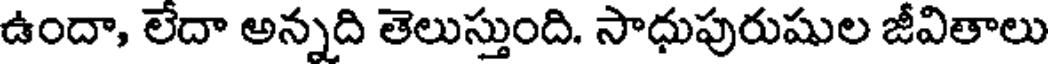
ఉందా, లేదా అన్నది తెలుస్తుంది. సాధుపురుషుల జీవితాలు